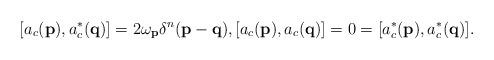
LaTeX: \begin{align*}[a_c(\mathbf{p}), a_c^{*}(\mathbf{q})]=2\omega_{\mathbf{p} }\delta^n(\mathbf{p}-\mathbf{q}), [a_c(\mathbf{p}), a_c(\mathbf{q})]=0=[a_c^{*}(\mathbf{p}), a_c^{*}(\mathbf{q})].\end{align*}